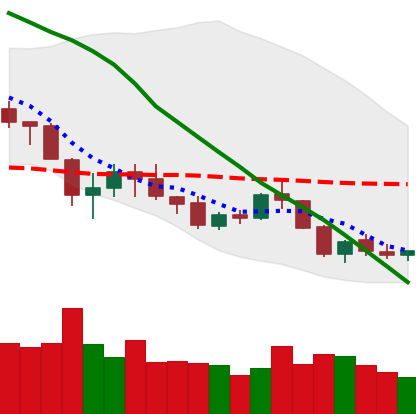
Ticker: NEO-USD
Chart end date: 2018-05-27
Forward return: 4.747%
Label: up_3_5